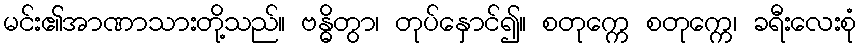
မင်း၏အာဏာသားတို့သည်။ ဗန္ဓိတွာ၊ တုပ်နှောင်၍။ စတုက္ကေ စတုက္ကေ၊ ခရီးလေးစုံ